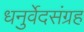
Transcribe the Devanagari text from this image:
धनुर्वेदसंग्रह